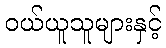
ဝယ်ယူသူများနှင့်